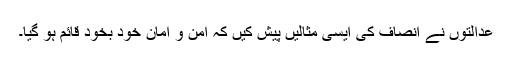
عدالتوں نے انصاف کی ایسی مثالیں پیش کیں کہ امن و امان خود بخود قائم ہو گیا۔